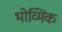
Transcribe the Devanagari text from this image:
भोव्मिक